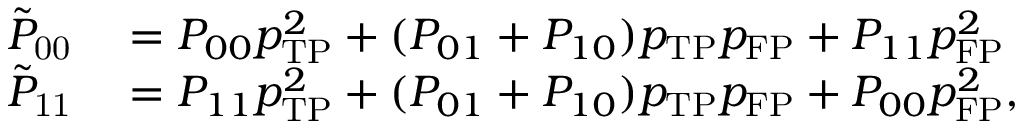
\begin{array} { r l } { \tilde { P } _ { \mathrm { 0 0 } } } & { { } = P _ { 0 0 } p _ { \mathrm { T P } } ^ { 2 } + ( P _ { 0 1 } + P _ { 1 0 } ) p _ { \mathrm { T P } } p _ { \mathrm { F P } } + P _ { 1 1 } p _ { \mathrm { F P } } ^ { 2 } } \\ { \tilde { P } _ { \mathrm { 1 1 } } } & { { } = P _ { 1 1 } p _ { \mathrm { T P } } ^ { 2 } + ( P _ { 0 1 } + P _ { 1 0 } ) p _ { \mathrm { T P } } p _ { \mathrm { F P } } + P _ { 0 0 } p _ { \mathrm { F P } } ^ { 2 } , } \end{array}